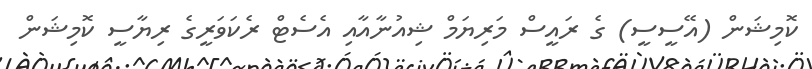
ކޮމިޝަން (އޭސީސީ) ގެ ރައީސް މަރިޔަމް ޝިއުނާއާއި އެސެޓް ރެކަވަރީގެ ރިޔާސީ ކޮމިޝަން